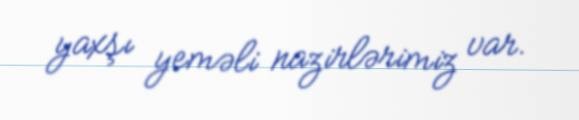
yaxşı yeməli nazirlərimiz var.